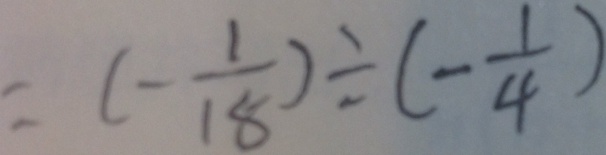
= ( - \frac { 1 } { 1 8 } ) \div ( - \frac { 1 } { 4 } )